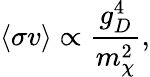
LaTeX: \langle\sigma v\rangle\propto\frac{g_{D}^{4}}{m_{\chi}^{2}},